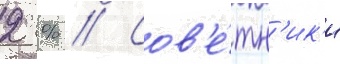
2 % // Сов'е́тн'ик'и